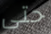
حتى